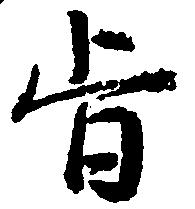
旨